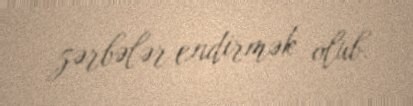
zərbələr endirmək olub.